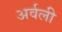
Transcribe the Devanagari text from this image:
अर्वली